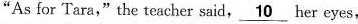
"As lor Tara," the teacher said, \underline{10} her eyes,